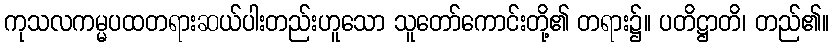
ကုသလကမ္မပထတရားဆယ်ပါးတည်းဟူသော သူတော်ကောင်းတို့၏ တရား၌။ ပတိဋ္ဌာတိ၊ တည်၏။